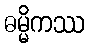
ဓမ္မိကဿ